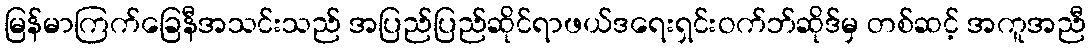
မြန်မာကြက်ခြေနီအသင်းသည် အပြည်ပြည်ဆိုင်ရာဖယ်ဒရေးရှင်းဝက်ဘ်ဆိုဒ်မှ တစ်ဆင့် အကူအညီ